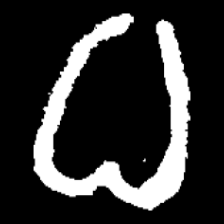
Pyu character \u2014 Myanmar letter: ဓ (romanized: dha)